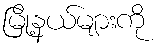
မြို့နယ်များကို